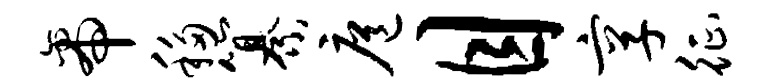
帝移纂扈目享征